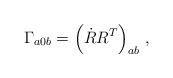
\begin{align*}\Gamma_{a0b} = \left(\dot{ R} R^T \right)_{ab}\, ,\end{align*}